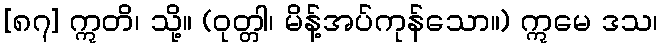
[၈၇] ဣတိ၊ သို့။ (ဝုတ္တါ၊ မိန့်အပ်ကုန်သော။) ဣမေ ဒသ၊